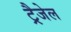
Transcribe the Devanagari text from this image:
ट्रैजेल